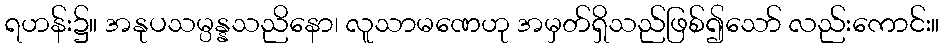
ရဟန်း၌။ အနုပသမ္ပန္နသညိနော၊ လူသာမဏေဟု အမှတ်ရှိသည်ဖြစ်၍သော် လည်းကောင်း။